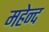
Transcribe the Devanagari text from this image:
महेन्द